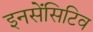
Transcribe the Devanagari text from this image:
इनसेंसिटिव